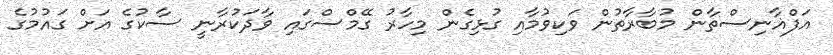
އަފްޣާނިސްތާން މުބާރާތުން ވަކިވުމާއި ގުޅިގެން މިހާރު ގޭމްސްގައި ވާދަކުރާނީ ސާކުގެ އަށް ގައުމުގެ